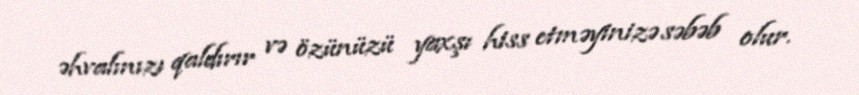
əhvalınızı qaldırır və özünüzü yaxşı hiss etməyinizə səbəb olur.